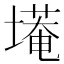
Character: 𮰭